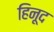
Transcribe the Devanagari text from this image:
हिनूद